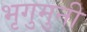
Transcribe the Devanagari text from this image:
भृगुमुनी